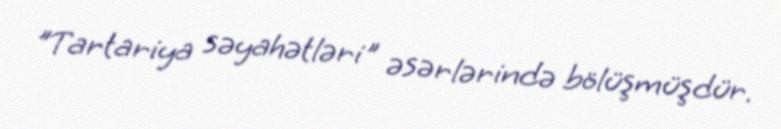
"Tartariya səyahətləri" əsərlərində bölüşmüşdür.